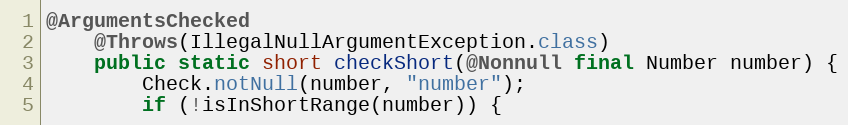
Language: Java
@ArgumentsChecked
	@Throws(IllegalNullArgumentException.class)
	public static short checkShort(@Nonnull final Number number) {
		Check.notNull(number, "number");
		if (!isInShortRange(number)) {